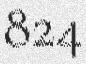
824